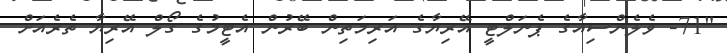
"71- ވެލެންސިއާގެ ޕެނަލްޓީ އޭރިޔާގެ އަރިމަތިން ބޭރުން އެޓީމުގެ ގޯލް އޭރިޔާ ތެރެއަށް